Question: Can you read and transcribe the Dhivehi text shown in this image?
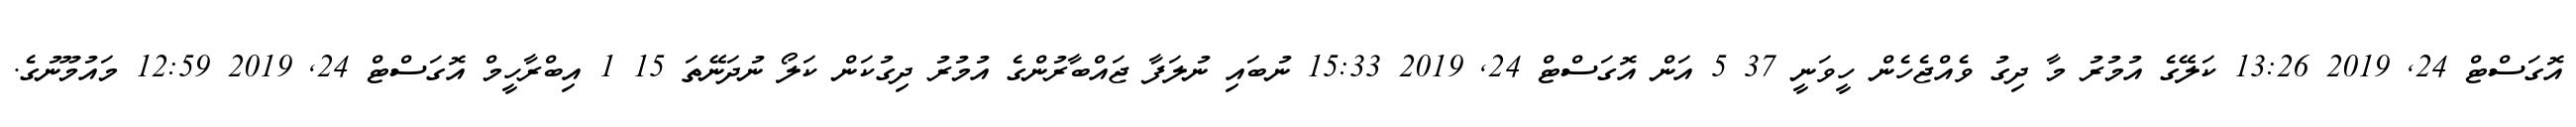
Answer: އޮގަސްޓް 24, 2019 13:26 ކަލޭގެ އުމުރު މާ ދިގު ވެއްޖެހެން ހީވަނީ 37 5 އަން އޮގަސްޓް 24, 2019 15:33 ނުބައި ނުލަފާ ޖައްބާރުންގެ އުމުރު ދިގުކަން ކަލޯ ނުދަނޭތަ 15 1 އިބްރާހީމް އޮގަސްޓް 24, 2019 12:59 މައުމޫނުގެ.